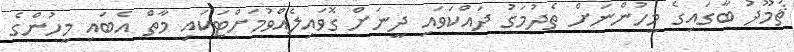
ޘަމޫދު ބާގައިގެ މީހުންނަށް ތެދުމަގު ދައްކަވައި ދީނަށް ގޮވައިލެއްވުމަށްޓަކައި މާތް އެބައި މީހުންގެ